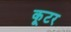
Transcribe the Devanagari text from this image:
कूटर